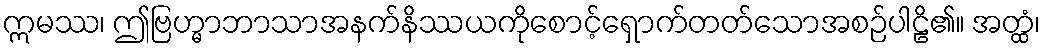
ဣမဿ၊ ဤဗြဟ္မာဘာသာအနက်နိဿယကိုစောင့်ရှောက်တတ်သောအစဉ်ပါဠိ၏။ အတ္ထံ၊